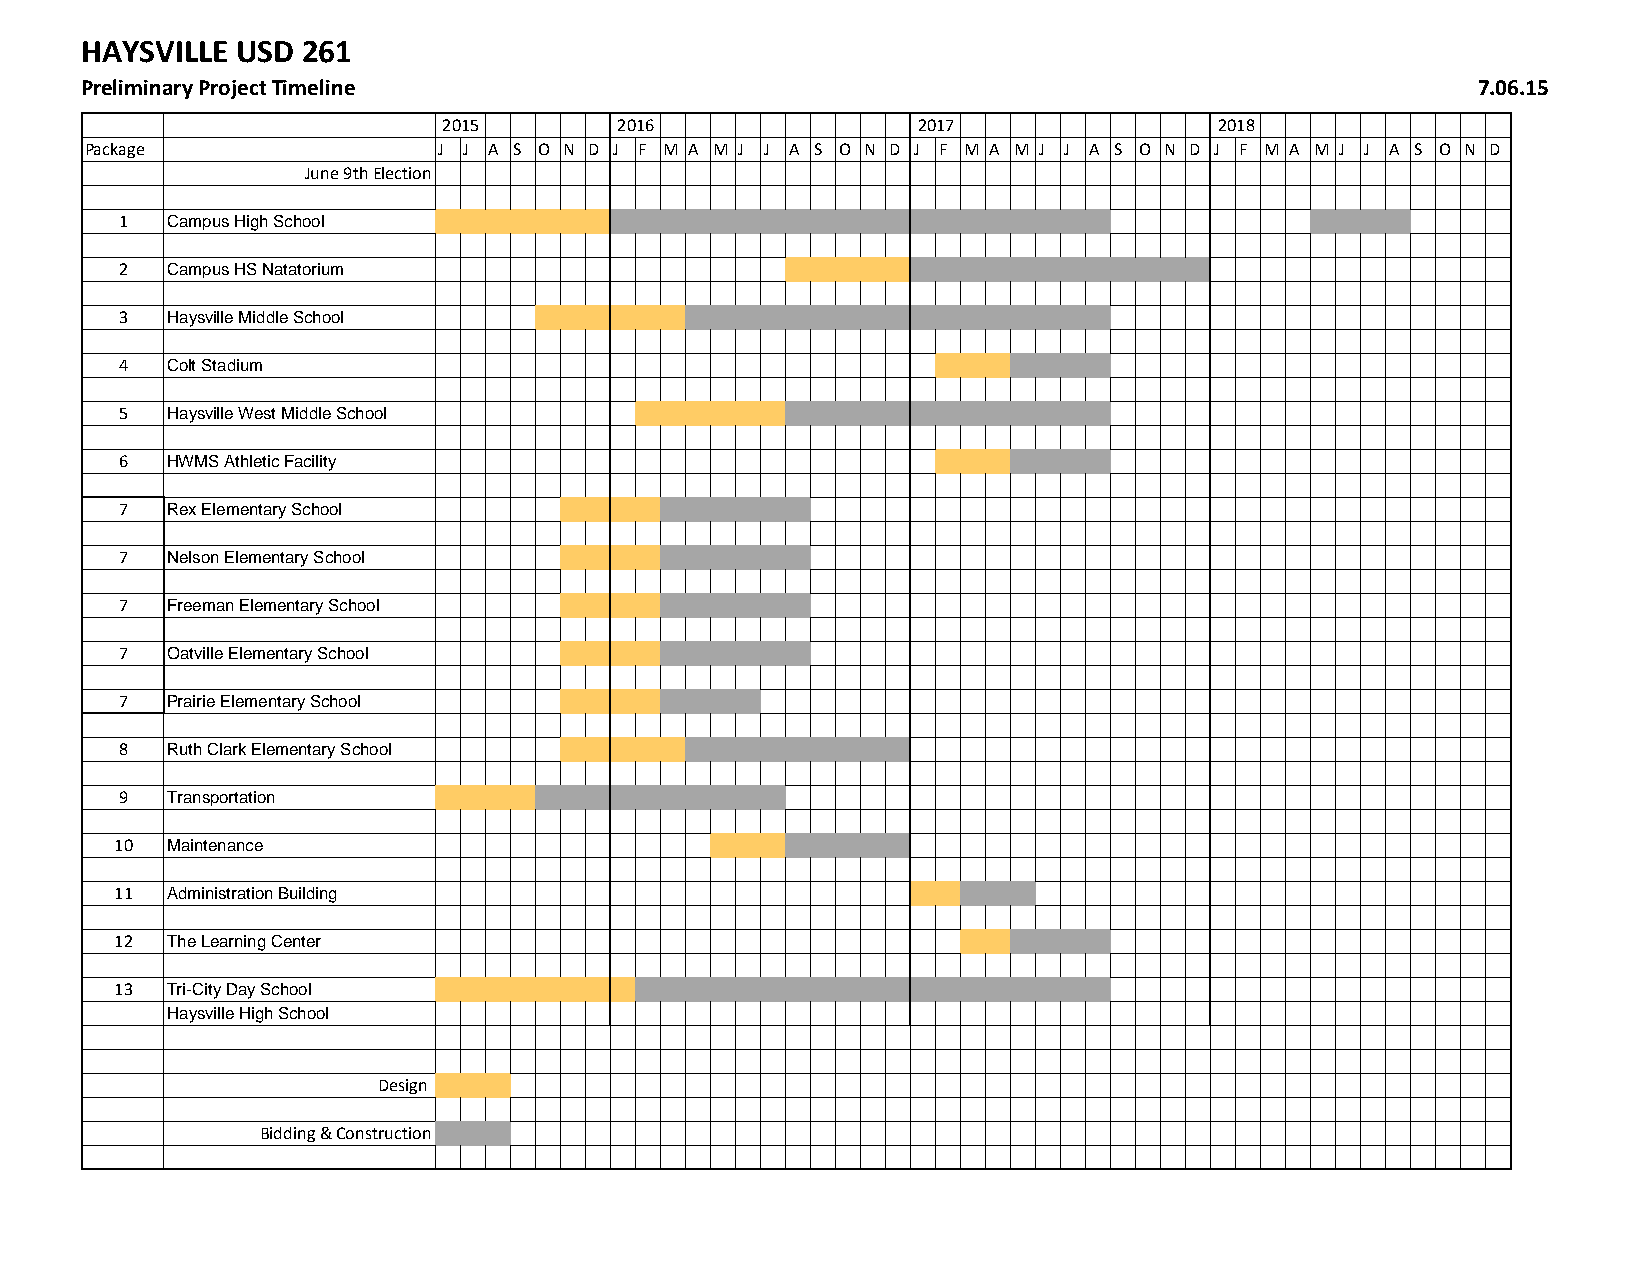
HAYSVILLE  USD 261                                                                               .
 Preliminary Project Timeline                                                                 7.06.15
 2015        2016                2017                2018
 Package                J J A S O N D J F M A M J J A S O N D J F M A M J J A S O N D J F M A M J J A S O N D
 June 9th Election
 1  Campus High School ## ## ## ## ## ## ## ## ## ## ## ## ## ## ## ## ## ## ## ## ## ## ## ## ## ## ## ## ## ## ##
 2  Campus HS Natatorium                     ## ## ## ## ## ## ## ## ## ## ## ## ## ## ## ## ##
 3  Haysville Middle School  ## ## ## ## ## ## ## ## ## ## ## ## ## ## ## ## ## ## ## ## ## ## ##
 4  Colt Stadium                                       ## ## ## ## ## ## ##
 5  Haysville West Middle School   ## ## ## ## ## ## ## ## ## ## ## ## ## ## ## ## ## ## ##
 6  HWMS Athletic Facility                             ## ## ## ## ## ## ##
 7  Rex Elementary School         ## ## ## ## ## ## ## ##
 7  Nelson Elementary School      ## ## ## ## ## ## ## ##
 7  Freeman Elementary School      ## ## ## ## ## ## ##
 7  Oatville Elementary School    ## ## ## ## ## ## ## ##
 7  Prairie Elementary School          ## ## ##
 8  Ruth Clark Elementary School ## ## ## ## ## ## ## ## ## ## ## ## ##
 9  Transportation    ## ## ## ## ## ## ## ## ## ## ## ## ## ##
 10 Maintenance
 11 Administration Building                           ## ## ## ## ##
 12 The Learning Center                                  ## ## ## ## ## ##
 13 Tri-City Day School ## ## ## ## ## ## ## ## ## ## ## ## ## ## ## ## ## ## ## ## ## ## ## ## ## ## ##
 Haysville High School
 Design
 Bidding & Construction